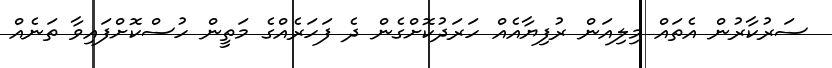
ސަރުކާރުން އެތައް މިލިއަން ރުފިޔާއެއް ހަރަދުކޮށްގެން ދެ ފަހަރެއްގެ މަތީން ހުސްކޮށްފައިވާ ތަނެއް